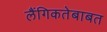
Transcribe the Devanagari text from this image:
लैंगिकतेबाबत